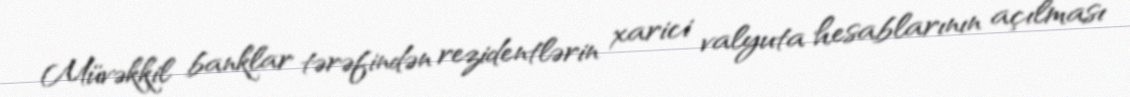
Müvəkkil banklar tərəfindən rezidentlərin xarici valyuta hesablarının açılması